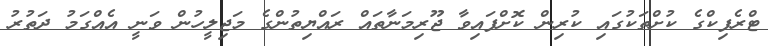
ޓްރެފިކްގެ ކުށްތަކުގައި ކުރިން ކޮށްފައިވާ ޖޫރިމަނާތައް ރައްޔިތުންގެ މަޖިލީހުން ވަނީ އެއްގަމު ދަތުރު